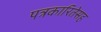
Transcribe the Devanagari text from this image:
पत्रकारितेसह